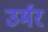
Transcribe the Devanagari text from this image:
उर्मर